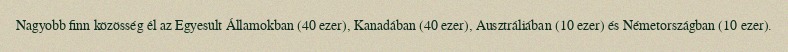
Nagyobb finn közösség él az Egyesült Államokban (40 ezer), Kanadában (40 ezer), Ausztráliában (10 ezer) és Németországban (10 ezer).